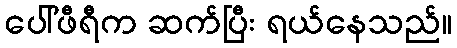
ပေါ်ဖီရီက ဆက်ပြီး ရယ်နေသည်။